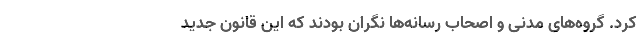
کرد. گروه‌های مدنی و اصحاب رسانه‌ها نگران بودند که این قانون جدید